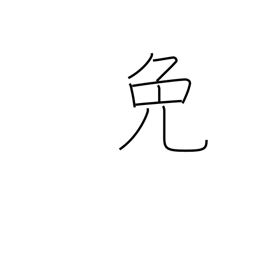
Meaning: excuse